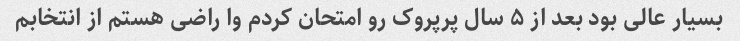
بسیار عالی بود بعد از ۵ سال پرپروک رو امتحان کردم وا راضی هستم از انتخابم